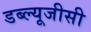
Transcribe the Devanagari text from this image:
डब्ल्यूजीसी